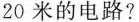
20米的电路?